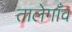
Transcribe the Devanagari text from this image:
तालेगाँव